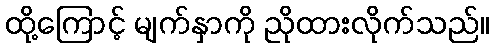
ထို့ကြောင့် မျက်နှာကို ညိုထားလိုက်သည်။